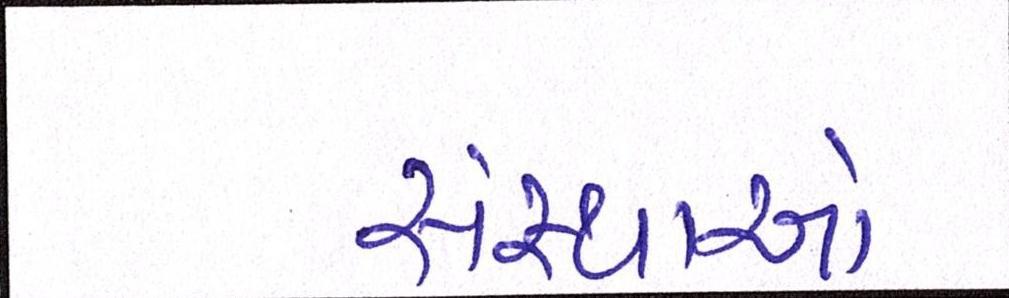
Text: સંસ્થાઓ